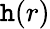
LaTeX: \mathtt{h}(r)